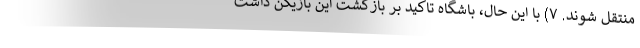
منتقل شوند. ۷) با این حال، باشگاه تاکید بر بازگشت این بازیکن داشت